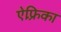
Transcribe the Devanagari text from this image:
ऐफ़्रिका